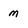
Character: M